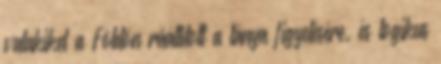
valakiket a Földön ráállított a lánya figyelésére, és logikus